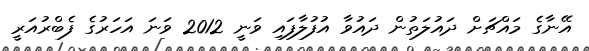
އޭނާގެ މައްޗަށް ދައުލަތުން ދައުވާ އުފުލާފައި ވަނީ 2012 ވަނަ އަހަރުގެ ފެބްރުއަރީ